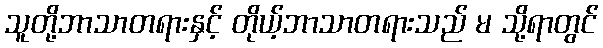
သူတို့ဘာသာတရားနှင့် တိုယ့်ဘာသာတရားသည် မ သို့ရာတွင်